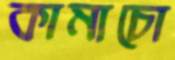
কামাচো